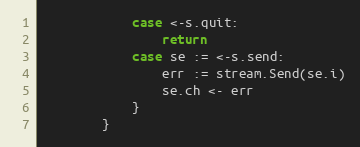
Language: Go
			case <-s.quit:
				return
			case se := <-s.send:
				err := stream.Send(se.i)
				se.ch <- err
			}
		}